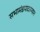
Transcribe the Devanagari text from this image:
सभामंडपादरम्यान